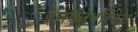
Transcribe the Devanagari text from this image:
इनकोर्पोरेटेड